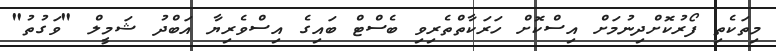
މިތަކެތި ފޯރުކޮށްދިނުމަށް އިސްކޮށް ހަރަކާތްތެރިވި ބެސްޓް ބައިގެ އިސްވެރިޔާ އަބްދު ޝަމީލް "ވަގުތު"